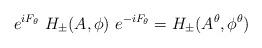
LaTeX: \begin{align*}e^{iF_\theta}\ H_\pm (A,\phi )\ e^{-iF_\theta} =H_\pm (A^\theta ,\phi^\theta )\end{align*}